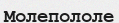
Молепололе